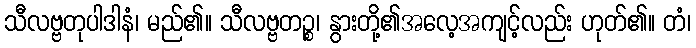
သီလဗ္ဗတုပါဒါနံ၊ မည်၏။ သီလဗ္ဗတဉ္စ၊ နွားတို့၏အလေ့အကျင့်လည်း ဟုတ်၏။ တံ၊